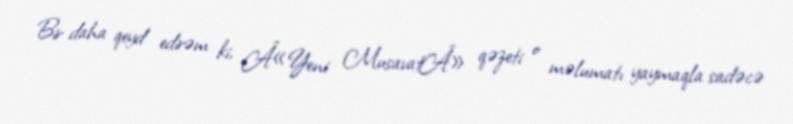
Bir daha qeyd edirəm ki, Â«Yeni MusavatÂ» qəzeti o məlumatı yaymaqla sadəcə